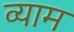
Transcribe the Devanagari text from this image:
व्याम